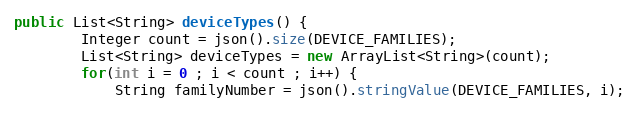
Language: Java
public List<String> deviceTypes() {
        Integer count = json().size(DEVICE_FAMILIES);
        List<String> deviceTypes = new ArrayList<String>(count);
        for(int i = 0 ; i < count ; i++) {
            String familyNumber = json().stringValue(DEVICE_FAMILIES, i);